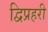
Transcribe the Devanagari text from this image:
द्विप्रहरी